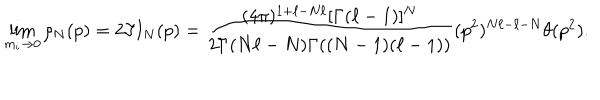
LaTeX: \lim _ { m _ { i } \rightarrow 0 } \rho _ { N } ( p ) = 2 \Im I _ { N } ( p ) = \frac { ( 4 \pi ) ^ { 1 + \ell - N \ell } [ \Gamma ( \ell - 1 ) ] ^ { N } } { 2 \Gamma ( N \ell - N ) \Gamma ( ( N - 1 ) ( \ell - 1 ) ) } ( p ^ { 2 } ) ^ { N \ell - \ell - N } \theta ( p ^ { 2 } ) .